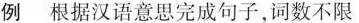
例 根据汉语意思完成句子，词数不限